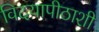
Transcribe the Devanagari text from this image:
विदयापीठाशी